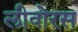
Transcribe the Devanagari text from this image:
लीवोरस